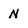
Character: N